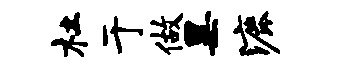
杜于做黑漉